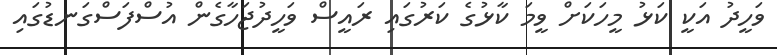
ވަހީދު އަކީ ކަޅު މީހަކަށް ވީމަ ކާޅުގެ ކަރުގައި ރައީސް ވަހީދުޖަހާގެން އުސްފަސްގަނޑުގައި